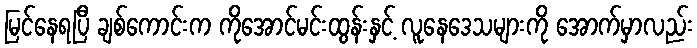
မြင်နေရပြီ ချစ်ကောင်းက ကိုအောင်မင်းထွန်းနှင့် လူနေဒေသများကို အောက်မှာလည်း